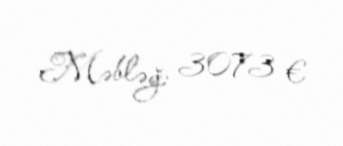
Məbləğ: 3073 €